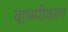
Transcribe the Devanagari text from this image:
वाष्म्पीकरण